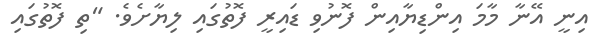
އިނީ އޭނާ މާމަ އިންޑިޔާއިން ފޮނުވި ޑައިރީ ފޮތުގައި ލިޔާށެވެ. "ތި ފޮތުގައި